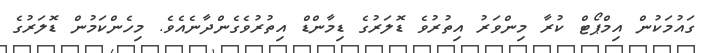
ގައުމަކުން އިމްޕޯޓް ކުރާ މިންވަރު އިތުރުވެ ޑޮލަރުގެ ޑިމާންޑް އިތުރުވެގެންދާނެއެވެ. މިހެންކަމުން ޑޮލަރުގެ